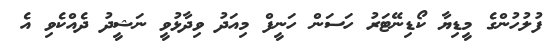
ފުލުހުންގެ މީޑިޔާ ކޯޑިނޭޓަރު ހަސަން ހަނީފް މިއަދު ވިދާޅުވީ ނަޝީދު ދެއްކެވި އެ